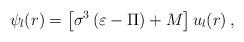
LaTeX: \begin{align*}\psi _{l}(r)=\left[ \sigma ^{3}\left( \varepsilon -\Pi \right) +M\right]u_{l}(r)\,, \end{align*}